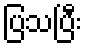
ပြသပြီး